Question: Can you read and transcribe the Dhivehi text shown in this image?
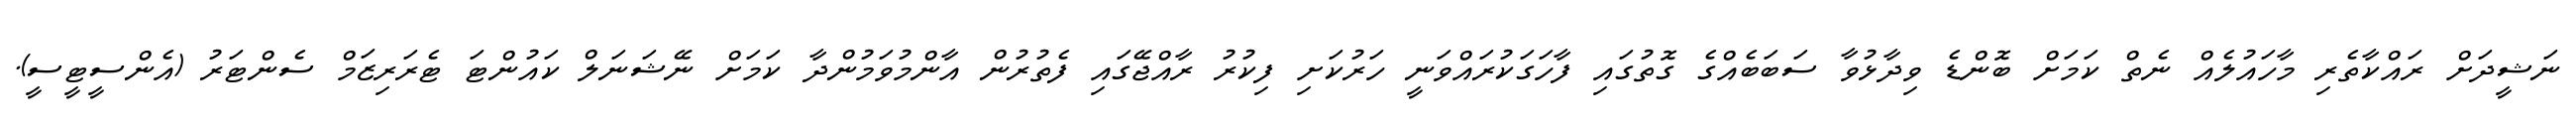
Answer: ނަޝީދަށް ރައްކާތެރި މާހައުލެއް ނެތް ކަމަށް ބޮންޑެ ވިދާޅުވާ ސަބަބެއްގެ ގޮތުގައި ފާހަގަކުރައްވަނީ ހަރުކަށި ފިކުރު ރާއްޖޭގައި ފެތުރުން އާންމުވަމުންދާ ކަމަށް ނޭޝަނަލް ކައުންޓަ ޓެރަރިޒަމް ސެންޓަރު (އެންސީޓީސީ).